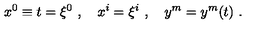
x ^ { 0 } \equiv t = \xi ^ { 0 } \ , \quad x ^ { i } = \xi ^ { i } \ , \quad y ^ { m } = y ^ { m } ( t ) \ .